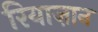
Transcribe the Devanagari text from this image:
रियाज़ान